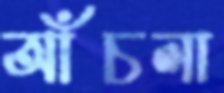
আঁচলা